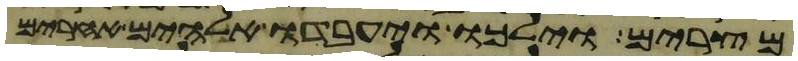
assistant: מצרים וילכו ויעבדו אלהים אחרים